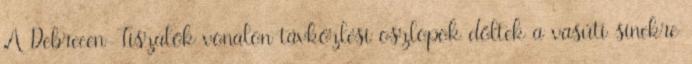
A Debrecen-Tiszalök vonalon távközlési oszlopok dőltek a vasúti sínekre